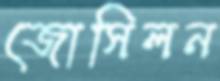
জোসিলন